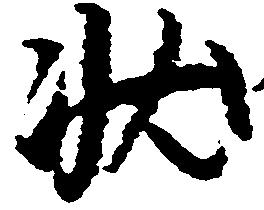
状